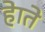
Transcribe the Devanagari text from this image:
हेाते